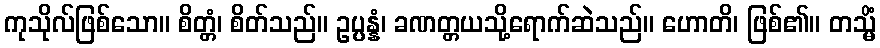
ကုသိုလ်ဖြစ်သော။ စိတ္တံ၊ စိတ်သည်။ ဥပ္ပန္နံ၊ ခဏတ္တယသို့ရောက်ဆဲသည်။ ဟောတိ၊ ဖြစ်၏။ တသ္မိံ